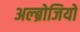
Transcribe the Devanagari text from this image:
अल्ब्रोजियो